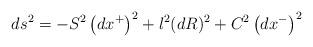
LaTeX: \begin{align*}ds^{2}=-S^{2}\left( dx^{+}\right) ^{2}+l^{2}(dR)^{2}+C^{2}\left(dx^{-}\right) ^{2}\end{align*}